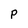
Character: P